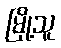
မြို့သူ